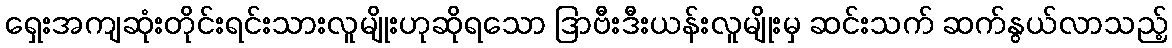
ရှေးအကျဆုံးတိုင်းရင်းသားလူမျိုးဟုဆိုရသော ဒြာဗီးဒီးယန်းလူမျိုးမှ ဆင်းသက် ဆက်နွယ်လာသည့်